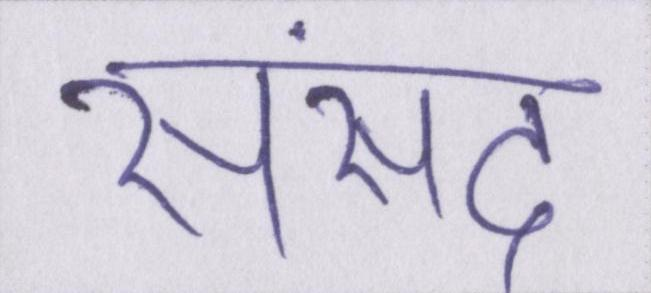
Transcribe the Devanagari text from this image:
संसद